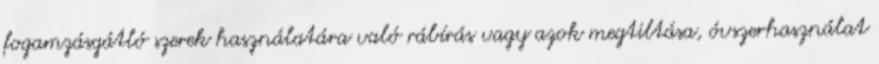
fogamzásgátló szerek használatára való rábírás vagy azok megtiltása, óvszerhasználat